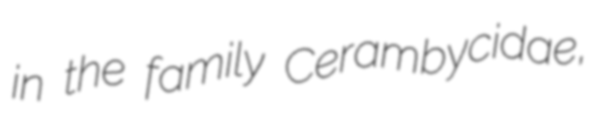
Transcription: in the family Cerambycidae,